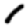
Digit: 1